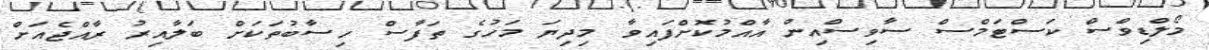
މޯލްޑިވްސް ކަސްޓަމްސް ސާވިސްއިން އާއްމުކޮށްފައިވާ މިދިޔަ މަހުގެ ތަފާސް ހިސާބުތަކަށް ބަލާއިރު ރާއްޖެއަށް